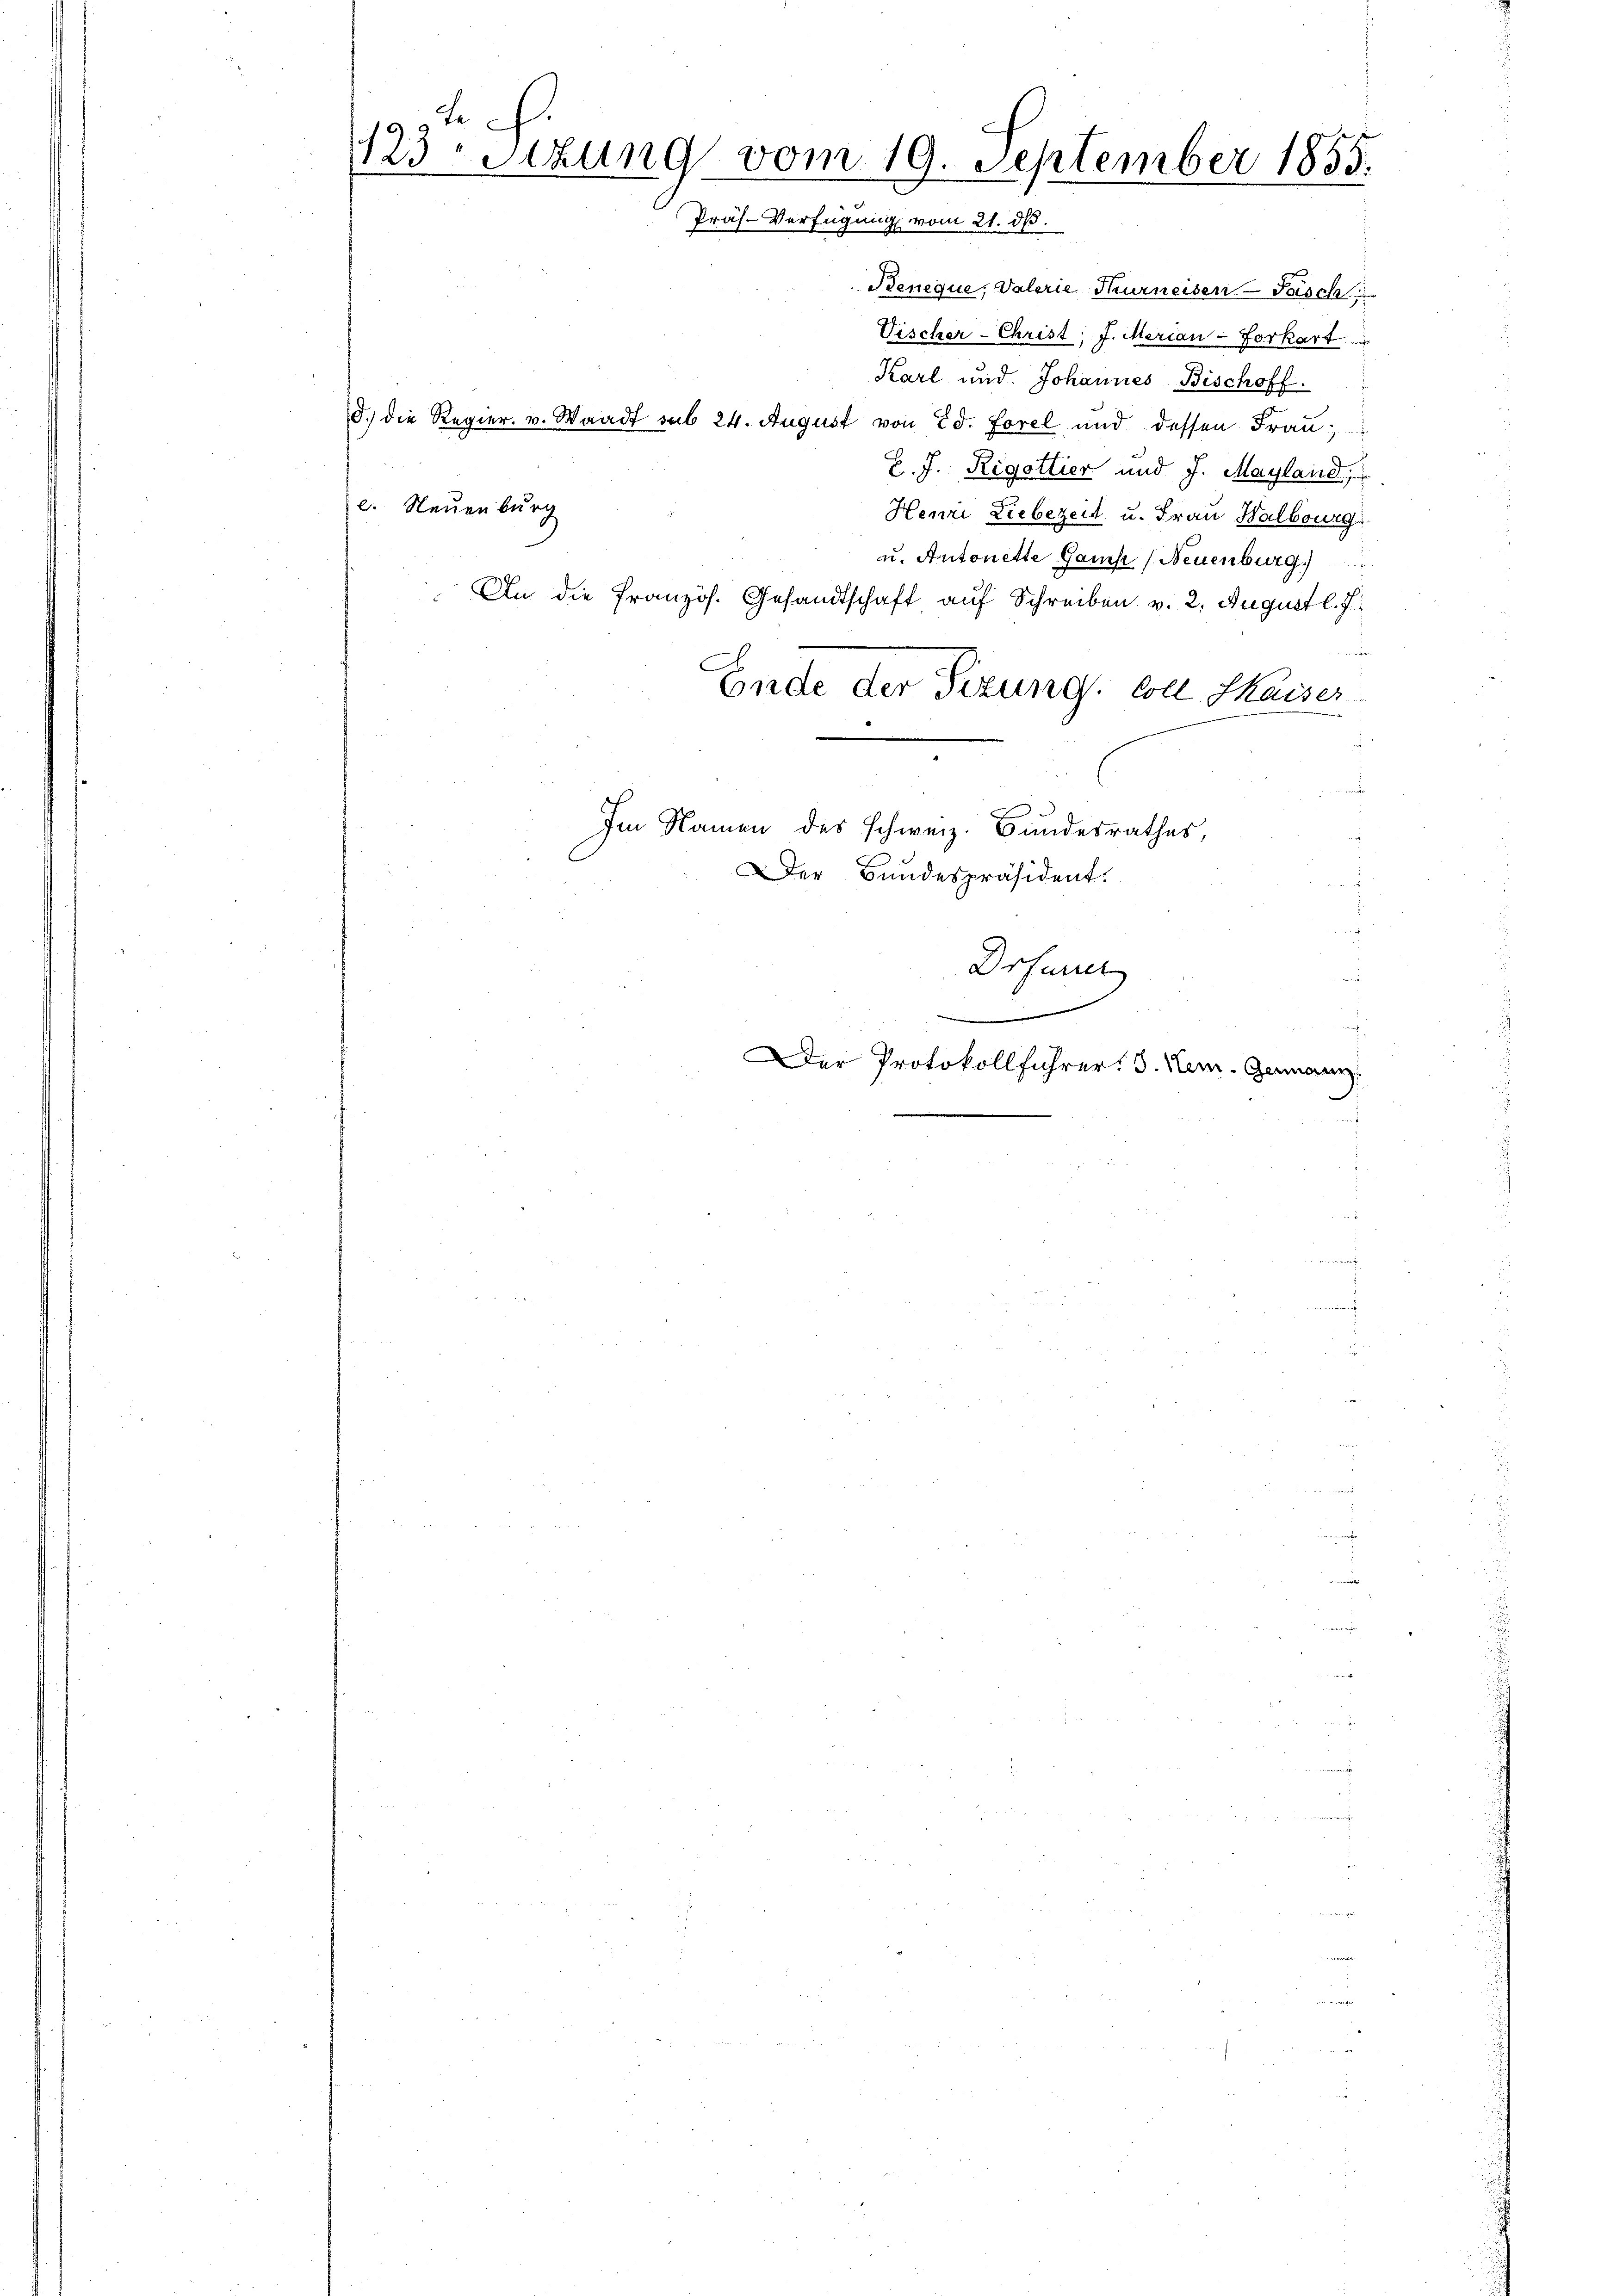
d. h.
123. Sitzung vom 19. September 1855.
Präs. Verfügung vom 21. ds.

Beneque, Valerie Turneiden Posch
Vischer-Christ; J. Merian-Forkart
Karl und Johannes Bischoff
d.) Die Regier. v. Waadt sub 24. August von Ed. Forel und dessen Frau,
B. J. Rigottier und J. Mayland,
e. Neuenburg
Henri Liebezeit u. Frau Halbourg
u. Antonette Gams (Neuenburg
An die Französ. Gesandtschaft auf Schreiben v. 2. August l. J.
Ende der Sizung, soll Maiser
Im Namen des Schweiz. Bundesrathes,
Der Bundespräsident.
.
Drfarret
r
e
Der Protokollführer. S. Nem. Genann

r

r

3